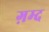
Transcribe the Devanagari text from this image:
ग़म्द